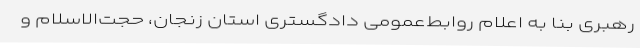
رهبری بنا به اعلام روابط‌عمومی دادگستری استان زنجان، حجت‌الاسلام و